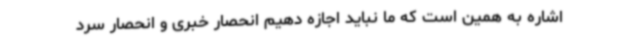
اشاره به همین است که ما نباید اجازه دهیم انحصار خبری و انحصار سرد